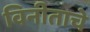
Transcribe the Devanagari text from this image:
विनीताचे